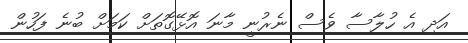
އަދި އެ ހުލާސާ ވެސް ނެރުނީ މާނަ އޮޅޭގޮތަށް ކަމަށް ބުނެ ފަހުން